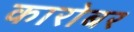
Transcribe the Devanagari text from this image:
कारोबर